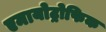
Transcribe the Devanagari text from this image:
एमायोट्रोफिक